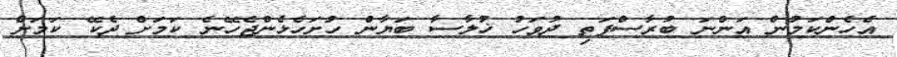
އެހެންކަމުން އަންނަ ބުރާސްފަތި ދުވަހު ޚުލާސާ ބަޔާން ހުށަހެޅެންޖެހޭނެ ކަމަށް ދެކޭ ކަމަށް